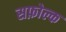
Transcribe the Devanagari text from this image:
सफ़ोल्क